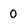
Character: 0